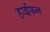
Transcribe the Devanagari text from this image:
हाईफन